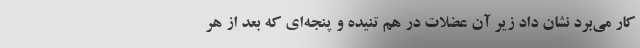
کار می‌برد نشان داد زیر آن عضلات در هم تنیده و پنجه‌ای که بعد از هر